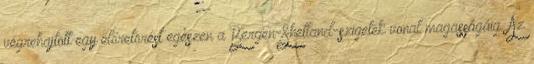
végrehajtott egy előretörést egészen a Bergen-Shetland-szigetek vonal magasságáig. Az